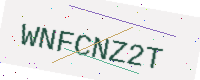
Text: WNFCNZ2T